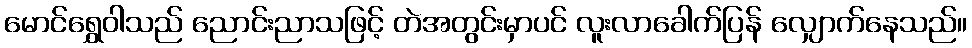
မောင်ရွှေဝါသည် ညောင်းညာသဖြင့် တဲအတွင်းမှာပင် လူးလာခေါက်ပြန် လျှောက်နေသည်။